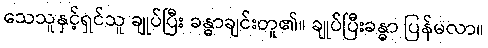
သေသူနှင့်ရှင်သူ ချုပ်ပြီး ခန္ဓာချင်းတူ၏။ ချုပ်ပြီးခန္ဓာ ပြန်မလာ။